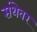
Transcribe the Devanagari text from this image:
संथेवर